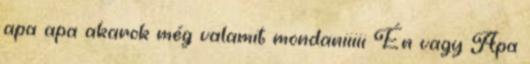
apa apa akarok még valamit mondaniiiii Én vagy Apa